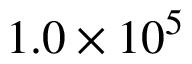
1 . 0 \times 1 0 ^ { 5 }